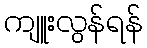
ကျူးလွန်ရန်